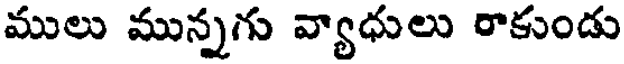
ములు మున్నగు వ్యాధులు రాకుండు